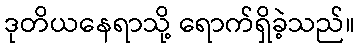
ဒုတိယနေရာသို့ ရောက်ရှိခဲ့သည်။